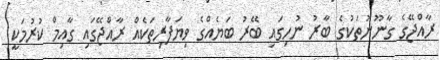
ރާއްޖޭގެ ގާނޫނުތަކުގެ ބާރު ނުހިގައި ބޭރު ބަޔެއްގެ ވިޔަފާރިތަކެއް ރާއްޖޭގައި ގާއިމް ކުރުމަކީ